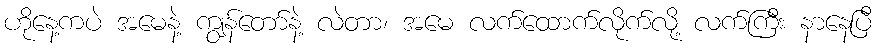
ဟိုနေ့ကပဲ အမေနဲ့ ကျွန်တော်နဲ့ လဲတာ၊ အမေ လက်ထောက်လိုက်လို့ လက်ကြီး နာနေပြီ